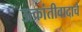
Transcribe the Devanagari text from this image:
उत्क्रांतीवादाचे